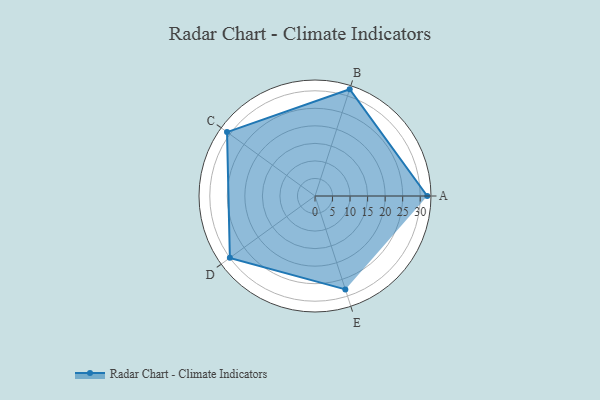
{"axis": {"x": "Skill", "y": "Score"}, "legend": ["Profile"], "data": [{"x": "A", "y": 32.0, "type": "Profile"}, {"x": "B", "y": 32.0, "type": "Profile"}, {"x": "C", "y": 31.0, "type": "Profile"}, {"x": "D", "y": 30.0, "type": "Profile"}, {"x": "E", "y": 28.0, "type": "Profile"}]}